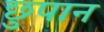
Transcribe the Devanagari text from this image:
छुपान